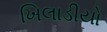
ખિલાડીયો